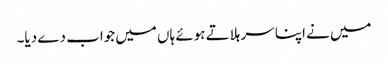
میں نے اپنا سر ہلاتے ہوئے ہاں میں جواب دے دیا۔